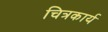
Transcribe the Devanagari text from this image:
चित्रकार्य